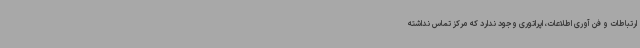
ارتباطات و فن آوری اطلاعات، اپراتوری وجود ندارد که مرکز تماس نداشته